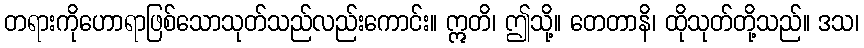
တရားကိုဟောရာဖြစ်သောသုတ်သည်လည်းကောင်း။ ဣတိ၊ ဤသို့။ တေတာနိ၊ ထိုသုတ်တို့သည်။ ဒသ၊